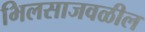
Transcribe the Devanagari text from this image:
भिलसाजवळील